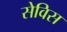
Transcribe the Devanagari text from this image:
सेविस